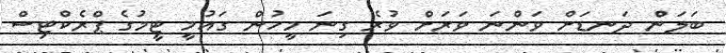
ބަލަން ދަނޑަށް ވަންނަ ވަރަށް ވުރެ ގިނަ މީހުން ގައުމީ ޓީމުގެ ޕްރެކްޓިސް